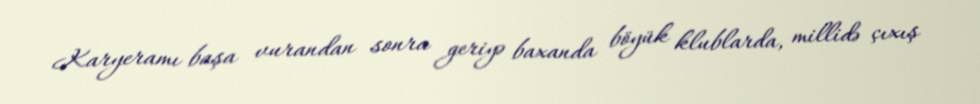
Karyeramı başa vurandan sonra geriyə baxanda böyük klublarda, millidə çıxış